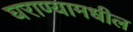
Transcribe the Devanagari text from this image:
घराण्यामधील